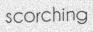
scorching